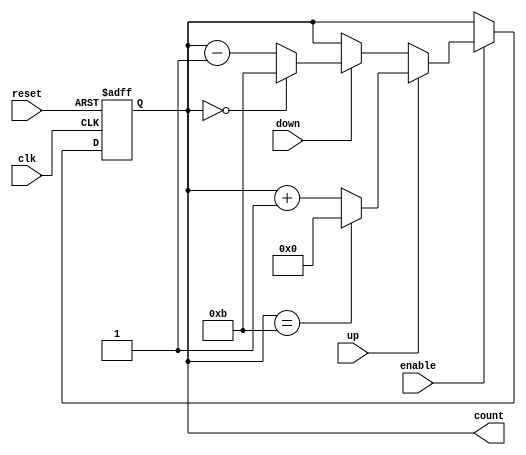
//MODULE FOR COUNTER USED TO COUNT AND ADJUST TIME/ALARM

module binary_counter#(parameter x = 4, n = 12) //x: number of bits, n: maximum limit of counter (counter is mod n)
(input clk, reset, enable,  up, down, output reg [x-1:0]count);

    always @(posedge clk, posedge reset) begin
     if (reset == 1)
     count <= 0; //reset count
     else 
     if(enable)  
         if(up==1) begin    //increment counter
             if(count==n-1)
             count<=0;
             else 
             count<=count+1;
         end
         
         else if(down==1) begin //decrement counter
             if(count==0)
             count<=n-1;
             else 
             count<=count-1;
         end
    else 
        count <= count; //keep count as it is
    end
   
endmodule